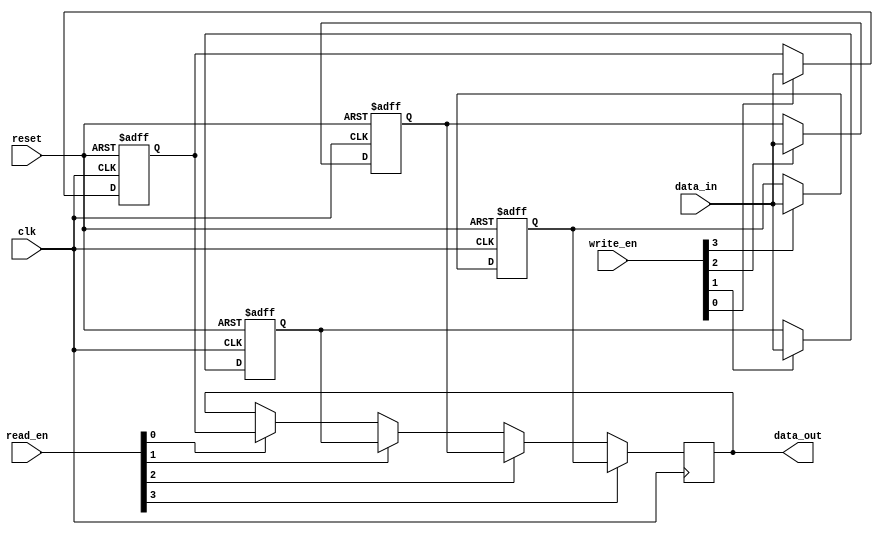
module BypassRegister (
    input wire clk,         // Clock input
    input wire reset,       // Reset input
    input wire [3:0] write_en,  // Write enable signals for each register
    input wire [3:0] read_en,   // Read enable signals for each register
    input wire [31:0] data_in,  // Data input
    output reg [31:0] data_out // Data output
);

reg [31:0] reg0, reg1, reg2, reg3;  // Four separate bypass registers

always @ (posedge clk or posedge reset) begin
    if (reset) begin
        reg0 <= 32'b0;
        reg1 <= 32'b0;
        reg2 <= 32'b0;
        reg3 <= 32'b0;
    end else begin
        if (write_en[0])
            reg0 <= data_in;
        if (write_en[1])
            reg1 <= data_in;
        if (write_en[2])
            reg2 <= data_in;
        if (write_en[3])
            reg3 <= data_in;
    end
end

always @ (posedge clk) begin
    if (read_en[0])
        data_out <= reg0;
    if (read_en[1])
        data_out <= reg1;
    if (read_en[2])
        data_out <= reg2;
    if (read_en[3])
        data_out <= reg3;
end

endmodule